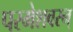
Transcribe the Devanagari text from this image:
परमेशवरन्